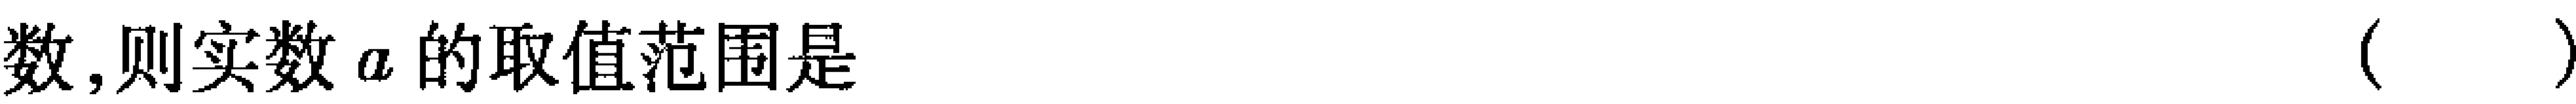
数,则实数\(a\)的取值范围是 （  ）